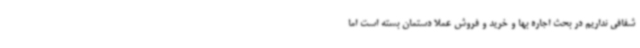
شفافی نداریم در بحث اجاره بها و خرید و فروش عملا دستمان بسته است اما